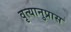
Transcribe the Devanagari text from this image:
वृत्यानुप्रास